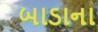
બાડાના